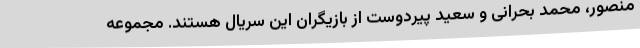
منصور، محمد بحرانی و سعید پیردوست از بازیگران این سریال هستند. مجموعه